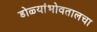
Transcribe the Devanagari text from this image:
डोळ्यांभोवतालचा